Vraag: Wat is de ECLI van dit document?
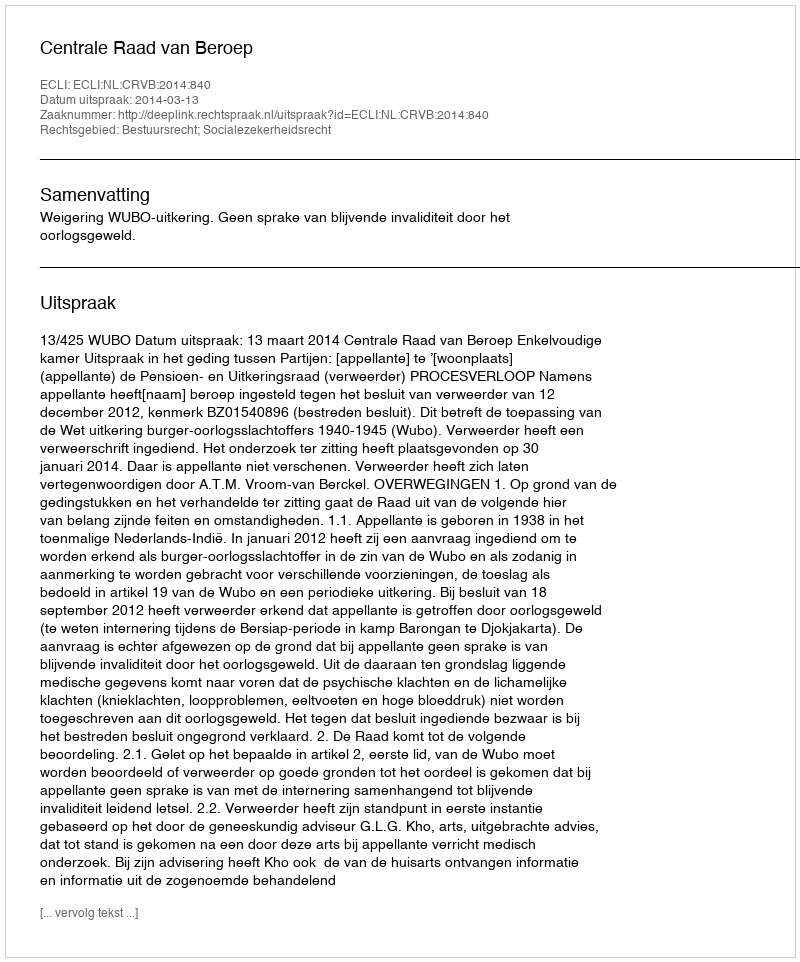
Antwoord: ECLI:NL:CRVB:2014:840